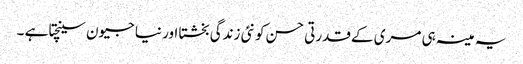
یہ مینہ ہی مری کے قدرتی حسن کو نئی زندگی بخشتا اور نیا جیون سینچتا ہے ۔